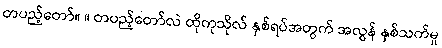
တပည့်တော်။ ။ တပည့်တော်လဲ ထိုကုသိုလ် နှစ်ရပ်အတွက် အလွန် နှစ်သက်မှု